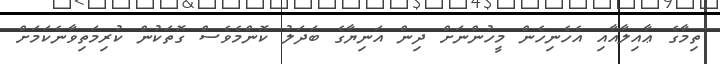
ތިމާގެ ޢާއިލާއާއި އެހެނިހެން މީހުންނަށް ދިން އަނިޔާގެ ބަދަލު ކޮންމެވެސް ގޮތަކުން ކުރިމަތިވާނެކަމަށް